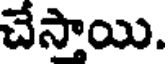
చేస్తాయి.